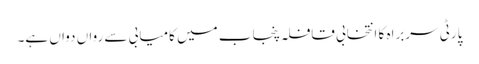
پارٹی سربراہ کا انتخابی قافلہ پنجاب میں کامیابی سے رواں دواں ہے۔